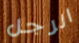
الرجل